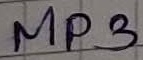
Text: MP3